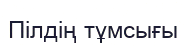
Пілдің тұмсығы